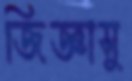
জিজ্ঞাসু